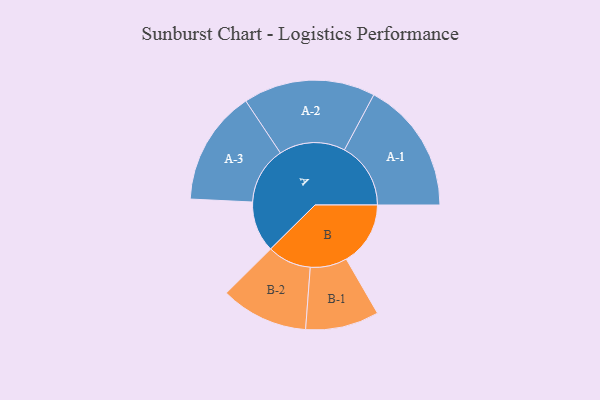
{"axis": {"x": "Segment", "y": "Value"}, "legend": ["", "A", "B"], "data": [{"x": "A", "y": 217, "type": ""}, {"x": "B", "y": 274, "type": ""}, {"x": "A-1", "y": 283, "type": "A"}, {"x": "A-2", "y": 282, "type": "A"}, {"x": "A-3", "y": 245, "type": "A"}, {"x": "B-1", "y": 157, "type": "B"}, {"x": "B-2", "y": 187, "type": "B"}]}